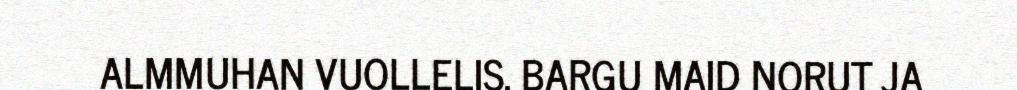
ALMMUHAN VUOLLELIS. BARGU MAID NORUT JA